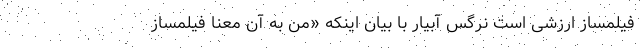
فیلمساز ارزشی‌ است نرگس آبیار با بیان اینکه «من به آن معنا فیلمساز